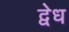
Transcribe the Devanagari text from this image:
द्वेध